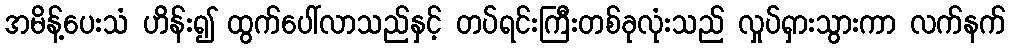
အမိန့်ပေးသံ ဟိန်း၍ ထွက်ပေါ်လာသည်နှင့် တပ်ရင်းကြီးတစ်ခုလုံးသည် လှုပ်ရှားသွားကာ လက်နက်